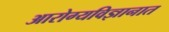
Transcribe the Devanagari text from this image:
आरोग्यविज्ञानात